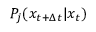
P _ { j } ( x _ { t + \Delta t } | x _ { t } )